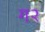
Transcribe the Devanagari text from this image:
ग२